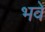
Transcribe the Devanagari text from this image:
भवे